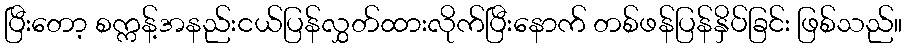
ပြီးတော့ စက္ကန့်အနည်းငယ်ပြန်လွှတ်ထားလိုက်ပြီးနောက် တစ်ဖန်ပြန်နှိပ်ခြင်း ဖြစ်သည်။